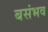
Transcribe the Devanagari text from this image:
बसंभव